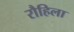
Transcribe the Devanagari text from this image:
रौहिला